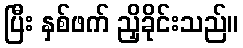
ပြီး နှစ်ဖက် ညှိခိုင်းသည်။